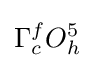
\Gamma _{c}^{f}O_{h}^{5}